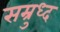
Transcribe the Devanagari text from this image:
सम्रुध्द